Report of the Indian Hemp Drugs Commission, 1894-1895 - Volume IV
Year: 1894
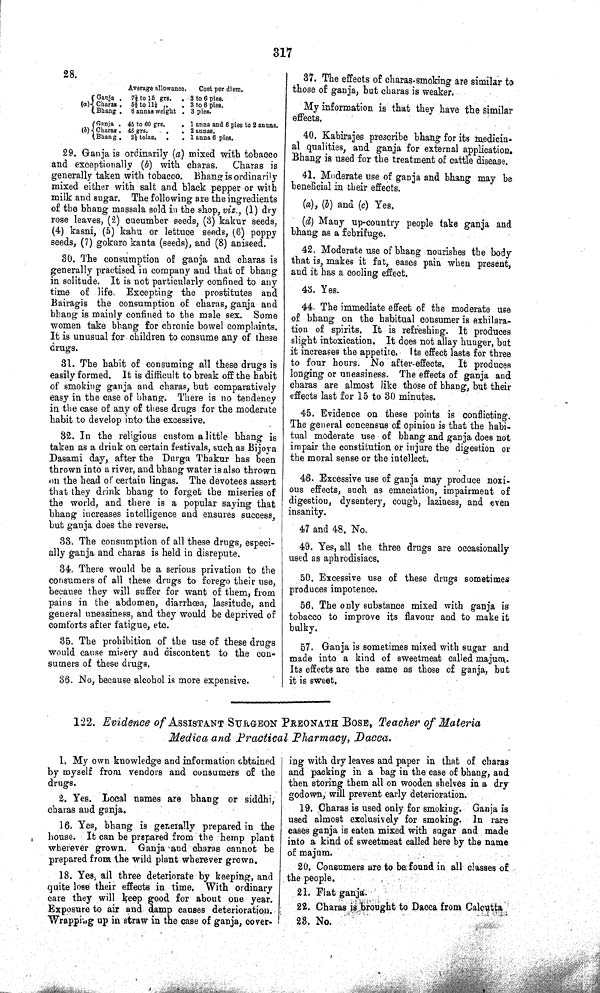
317
28.
Average allowance.
Cost per diem.
Ganja
(a) Charas
Bhang
71/2 to 15 grs.
5 5/8 to 111/4 "
6 annas weight
3 to 6 pies.
3 to 6 pies.
3 pies.
Ganja
(b) Charas
Bhang
45 to 60
grs.
45 grs.
2 1/2 tolas.
1 anna and 6 pies to 2 annas.
2 annas.
1 anna 6 pies.
29. Ganja is ordinarily (a) mixed with tobacco
and exceptionally (b) with charas.
Charas is
generally taken with tobacco. Bhang is ordinarily
mixed either with salt and black pepper or with
milk and sugar. The following are the ingredients
of the bhang massala sold in the shop, viz., (1) dry
rose leaves, (2) cucumber seeds, (3) kakur seeds,
(4) kasni, (5) kahu or lettuce seeds, (6) poppy
seeds, (7) gokuro kanta (seeds), and (8) aniseed.
30. The consumption of ganja and charas is
generally practised in company and that of bhang
in solitude. It is not particularly confined to any
time of life. Excepting the prostitutes and
Bairagis the consumption of charas, ganja and
bhang is mainly confined to the male sex. Some
women take bhang for chronic bowel complaints.
It is unusual for children to consume any of these
drugs.
31. The habit of consuming all these drugs is
easily formed. It is difficult to break off the habit
of smoking ganja and charas, but comparatively
easy in the case of bhang. There is no tendency
in the case of any of these drugs for the moderate
habit to develop into the excessive.
32. In the religious custom a little bhang is
taken as a drink on certain festivals, such as Bijoya
Dasami day, after the Durga Thakur has been
thrown into a river, and bhang water is also thrown
on the head of certain lingas. The devotees assert
that they drink bhang to forget the miseries of
the world, and there is a popular saying that
bhang increases intelligence and ensures success,
but ganja does the reverse.
33. The consumption of all these drugs, especi-
ally ganja and charas is held in disrepute.
34. There would be a serious privation to the
consumers of all these drugs to forego their use,
because they will suffer for want of them, from
pains in the abdomen, diarrhœa, lassitude, and
general uneasiness, and they would be deprived of
comforts after fatigue, etc.
35. The prohibition of the use of these drugs
would cause misery and discontent to the con-
sumers of these drugs.
36. No, because alcohol is more expensive.
37. The effects of charas-smoking are similar to
those of ganja, but charas is weaker.
My information is that they have the similar
effects.
40. Kabirajes prescribe bhang for its medicin-
al qualities, and ganja for external application.
Bhang is used for the treatment of cattle disease.
41. Moderate use of ganja and bhang may be
beneficial in their effects.
(a), (b) and (c) Yes.
(d) Many up-country people take ganja and
bhang as a febrifuge.
42. Moderate use of bhang nourishes the body
that is, makes it fat, eases pain when present,
and it has a cooling effect.
43. Yes.
44. The immediate effect of the moderate use
of bhang on the habitual consumer is exhilara-
tion of spirits. It is refreshing. It produces
slight intoxication. It does not allay hunger, but
it increases the appetite. Its effect lasts for three
to four hours. No after-effects. It produces
longing or uneasiness. The effects of ganja and
charas are almost like those of bhang, but their
effects last for 15 to 30 minutes.
45. Evidence on these points is conflicting.
The general concensus of opinion is that the habi-
tual moderate use of bhang and ganja does not
impair the constitution or injure the digestion or
the moral sense or the intellect.
46. Excessive use of ganja may produce noxi-
ous effects, such as emaciation, impairment of
digestion, dysentery, cough, laziness, and even
insanity.
47 and 48. No.
49. Yes, all the three drugs are occasionally
used as aphrodisiacs.
50. Excessive use of these drugs sometimes
produces impotence.
56. The only substance mixed with ganja is
tobacco to improve its flavour and to make it
bulky.
57. Ganja is sometimes mixed with sugar and
made into a kind of sweetmeat called majum.
Its effects are the same as those of ganja, but
it is sweet.
122. Evidence of ASSISTANT SURGEON PREONATH BOSE, Teacher of Materia
Medica and Practical Pharmacy, Dacca.
1. My own knowledge and information obtained
by myself from vendors and consumers of the
drugs.
2. Yes. Local names are bhang or siddhi,
charas and ganja.
16. Yes, bhang is generally prepared in the
house. It can be prepared from the hemp plant
wherever grown. Ganja and charas cannot be
prepared from the wild plant wherever grown.
18. Yes, all three deteriorate by keeping, and
quite lose their effects in time. With ordinary
care they will keep good for about one year.
Exposure to air and damp causes deterioration.
Wrapping up in straw in the case of ganja, cover-
ing with dry leaves and paper in that of charas
and packing in a bag in the case of bhang, and
then storing them all on wooden shelves in a dry
godown, will prevent early deterioration.
19. Charas is used only for smoking. Ganja is
used almost exclusively for smoking. In rare
cases ganja is eaten mixed with sugar and made
into a kind of sweetmeat called here by the name
of majum.
20. Consumers are to be found in all classes of
the people.
21. Flat ganja.
22. Charas is brought to Dacca from Calcutta
23. No.